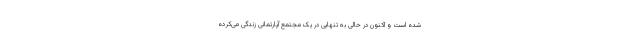
شده است و اکنون در حالی به تنهایی در یک مجتمع آپارتمانی زندگی می‌کرده